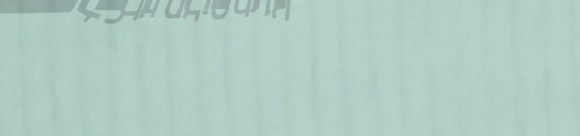
خدمة توصيل الطعام إلى باب